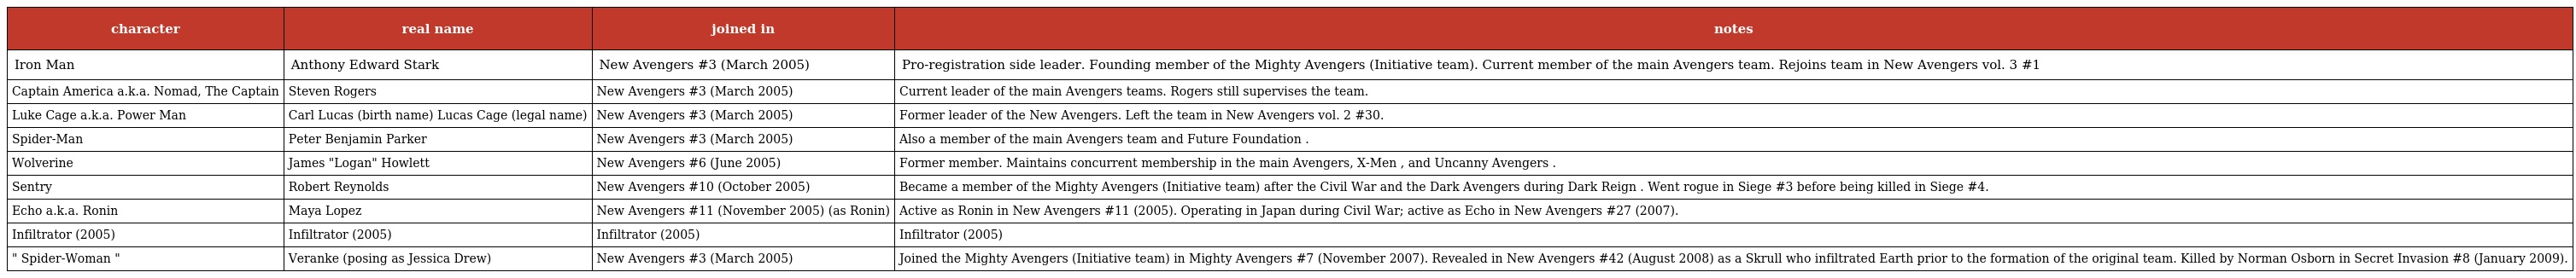
| character | real name | joined in | notes |
 | --- | --- | --- | --- |
 | Iron Man | Anthony Edward Stark | New Avengers #3 (March 2005) | Pro-registration side leader. Founding member of the Mighty Avengers (Initiative team). Current member of the main Avengers team. Rejoins team in New Avengers vol. 3 #1 |
 | Captain America a.k.a. Nomad, The Captain | Steven Rogers | New Avengers #3 (March 2005) | Current leader of the main Avengers teams. Rogers still supervises the team. |
 | Luke Cage a.k.a. Power Man | Carl Lucas (birth name) Lucas Cage (legal name) | New Avengers #3 (March 2005) | Former leader of the New Avengers. Left the team in New Avengers vol. 2 #30. |
 | Spider-Man | Peter Benjamin Parker | New Avengers #3 (March 2005) | Also a member of the main Avengers team and Future Foundation . |
 | Wolverine | James "Logan" Howlett | New Avengers #6 (June 2005) | Former member. Maintains concurrent membership in the main Avengers, X-Men , and Uncanny Avengers . |
 | Sentry | Robert Reynolds | New Avengers #10 (October 2005) | Became a member of the Mighty Avengers (Initiative team) after the Civil War and the Dark Avengers during Dark Reign . Went rogue in Siege #3 before being killed in Siege #4. |
 | Echo a.k.a. Ronin | Maya Lopez | New Avengers #11 (November 2005) (as Ronin) | Active as Ronin in New Avengers #11 (2005). Operating in Japan during Civil War; active as Echo in New Avengers #27 (2007). |
 | Infiltrator (2005) | Infiltrator (2005) | Infiltrator (2005) | Infiltrator (2005) |
 | " Spider-Woman " | Veranke (posing as Jessica Drew) | New Avengers #3 (March 2005) | Joined the Mighty Avengers (Initiative team) in Mighty Avengers #7 (November 2007). Revealed in New Avengers #42 (August 2008) as a Skrull who infiltrated Earth prior to the formation of the original team. Killed by Norman Osborn in Secret Invasion #8 (January 2009). |